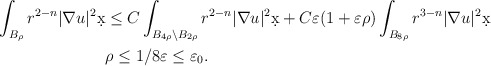
\begin{align*}\int_{B_{\rho}} r^{2-n} |\nabla u|^2 \d x &\leq C \int_{B_{4\rho} \setminus B_{2\rho}} r^{2-n} |\nabla u|^2 \d x + C \varepsilon(1 + \varepsilon \rho) \int_{B_{8\rho}} r^{3-n}|\nabla u|^2 \d x\\& \rho \leq 1/8 \varepsilon \leq \varepsilon_0.\end{align*}